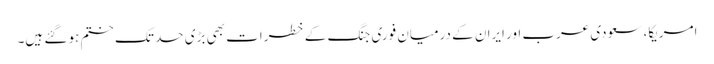
امریکا، سعودی عرب اور ایران کے درمیان فوری جنگ کے خطرات بھی بڑی حد تک ختم ہو گئے ہیں۔